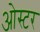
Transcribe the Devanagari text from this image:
ओस्टर